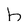
Character: h